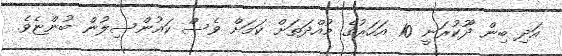
އަދި ބިން ދޫކުރަނީ 10 އަހަރުގެ މުއްދަތަށް ކަމަށް ވެސް ކައުންސިލުން ބުންޏެވެ.